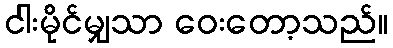
ငါးမိုင်မျှသာ ဝေးတော့သည်။